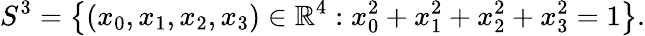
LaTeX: S^{3}=\left\{ (x_{0},x_{1},x_{2},x_{3})\in\mathbb{R}^{4}:x_{0}^{2}+x_{1}^{2}+x_{2}^{2}+x_{3}^{2}=1\right\} .